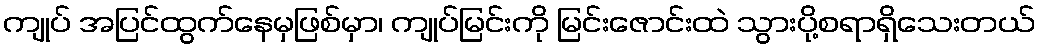
ကျုပ် အပြင်ထွက်နေမှဖြစ်မှာ၊ ကျုပ်မြင်းကို မြင်းဇောင်းထဲ သွားပို့စရာရှိသေးတယ်